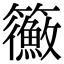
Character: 𥷲